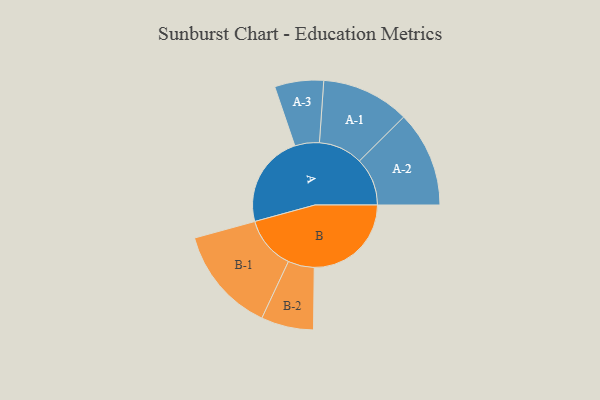
{"axis": {"x": "Segment", "y": "Value"}, "legend": ["", "A", "B"], "data": [{"x": "A", "y": 477, "type": ""}, {"x": "B", "y": 500, "type": ""}, {"x": "A-1", "y": 227, "type": "A"}, {"x": "A-2", "y": 247, "type": "A"}, {"x": "A-3", "y": 126, "type": "A"}, {"x": "B-1", "y": 273, "type": "B"}, {"x": "B-2", "y": 135, "type": "B"}]}